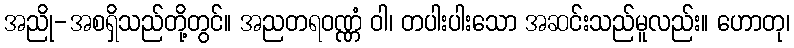
အညို-အစရှိသည်တို့တွင်။ အညတရဝဏ္ဏံ ဝါ၊ တပါးပါးသော အဆင်းသည်မူလည်း။ ဟောတု၊